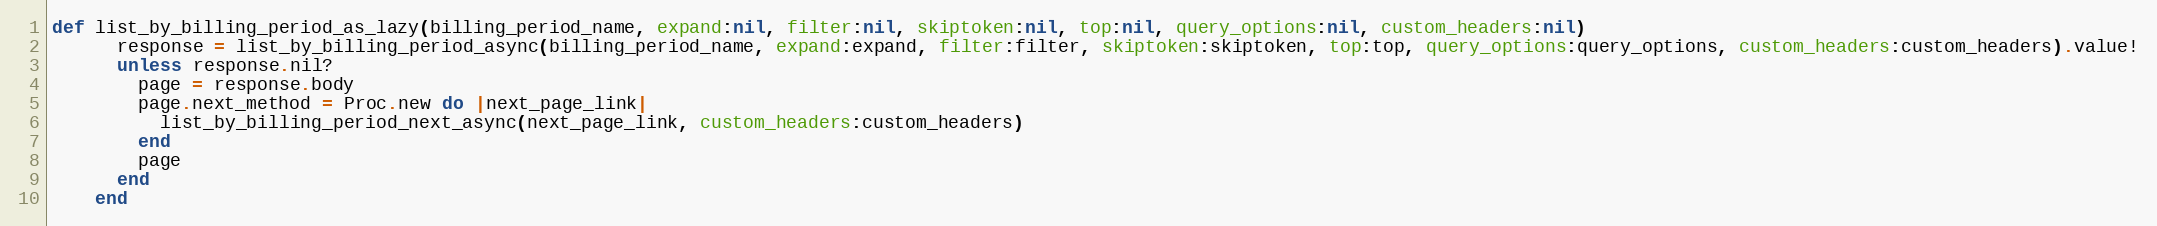
Language: Ruby
def list_by_billing_period_as_lazy(billing_period_name, expand:nil, filter:nil, skiptoken:nil, top:nil, query_options:nil, custom_headers:nil)
      response = list_by_billing_period_async(billing_period_name, expand:expand, filter:filter, skiptoken:skiptoken, top:top, query_options:query_options, custom_headers:custom_headers).value!
      unless response.nil?
        page = response.body
        page.next_method = Proc.new do |next_page_link|
          list_by_billing_period_next_async(next_page_link, custom_headers:custom_headers)
        end
        page
      end
    end